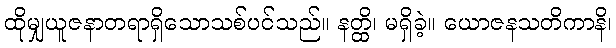
ထိုမျှယူဇနာတရာရှိသောသစ်ပင်သည်။ နတ္ထိ၊ မရှိခဲ့။ ယောဇနသတိကာနိ၊